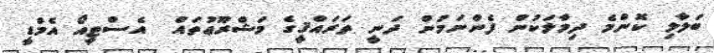
ބަލާލި ކޮންމެ ދިމާލަކުން ފެންނަމުން ދަނީ ތަރައްޤީގެ މަޝްރޫޢުތައް  އެސްޓީއޯ އެމްޑީ